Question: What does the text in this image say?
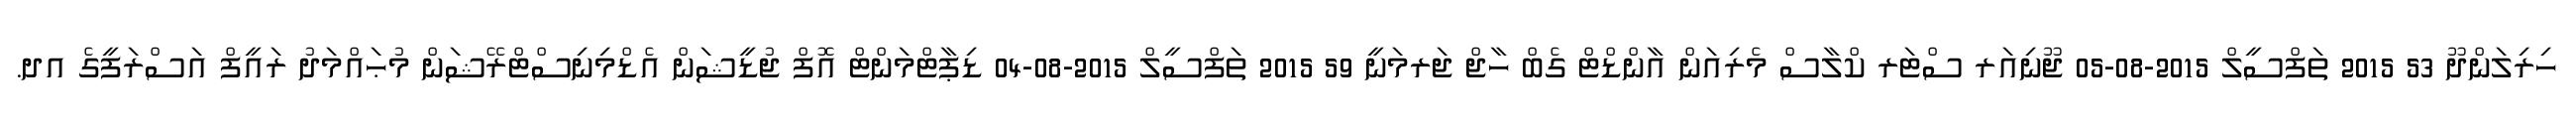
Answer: ހިރިލަންދޫ 53 2015 ތަފްސީލް 2015-08-05 ޖޫނިއަރ ސްޓަރ ކްލާސް މެރިއަން އާންޑްޓް ގެބް ހާޖް ޖަރމަނީ 59 2015 ތަފްސީލް 2015-08-04 ޑިޕާޓްމަންޓް އޮފް ޖުޑީޝަން އެޑްމިނިސްޓްރޭޝަން މުޙައްމަދު ރައީފް އަސްރަފީގެ އދ.